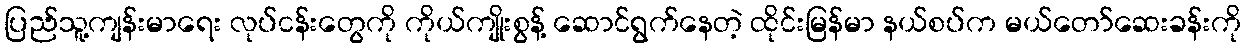
ပြည်သူ့ကျန်းမာရေး လုပ်ငန်းတွေကို ကိုယ်ကျိုးစွန့် ဆောင်ရွက်နေတဲ့ ထိုင်းမြန်မာ နယ်စပ်က မယ်တော်ဆေးခန်းကို